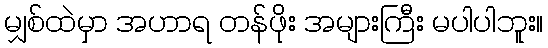
မျှစ်ထဲမှာ အဟာရ တန်ဖိုး အများကြီး မပါပါဘူး။